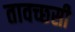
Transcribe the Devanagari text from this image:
तावच्छसी